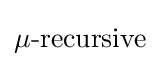
\mu {\mbox{-recursive}}